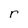
Character: r